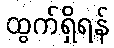
ထွက်ရှိရန်